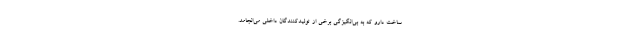
ساخت دارو که به بی‌انگیزگی برخی از تولیدکنندگان داخلی می‌انجامد.